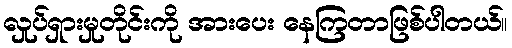
လှုပ်ရှားမှုတိုင်းကို အားပေး နေကြတာဖြစ်ပါတယ်။